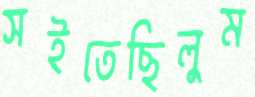
সইতেছিলুম